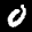
Label: 0